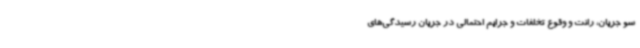
سو جریان، رانت و وقوع تخلفات و جرایم احتمالی در جریان رسیدگی‌های